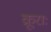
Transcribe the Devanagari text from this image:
क्रूराः